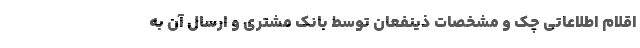
اقلام اطلاعاتی چک و مشخصات ذینفعان توسط بانک مشتری و ارسال آن به